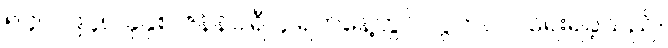
၅၄။ ၁၉၄၈ ခုနှစ် ဇန်နဝါရီ ၄ ရက်နေ့တွင် လွတ်လပ်ရေးရခဲ့သည်။